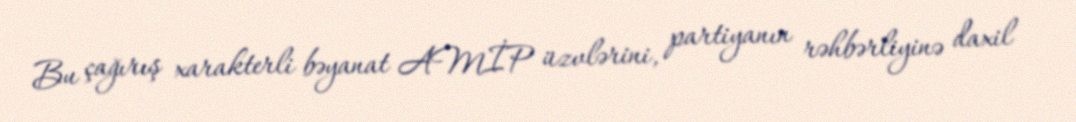
Bu çağırış xarakterli bəyanat AMİP üzvlərini, partiyanın rəhbərliyinə daxil